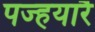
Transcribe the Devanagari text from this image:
पज्हयारै